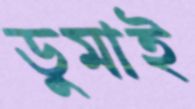
ডুমাই